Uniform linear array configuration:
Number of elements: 4
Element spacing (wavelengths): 0.75
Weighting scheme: kaiser
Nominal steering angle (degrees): -30
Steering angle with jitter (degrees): -28.775
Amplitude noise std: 0.05
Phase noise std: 0.05

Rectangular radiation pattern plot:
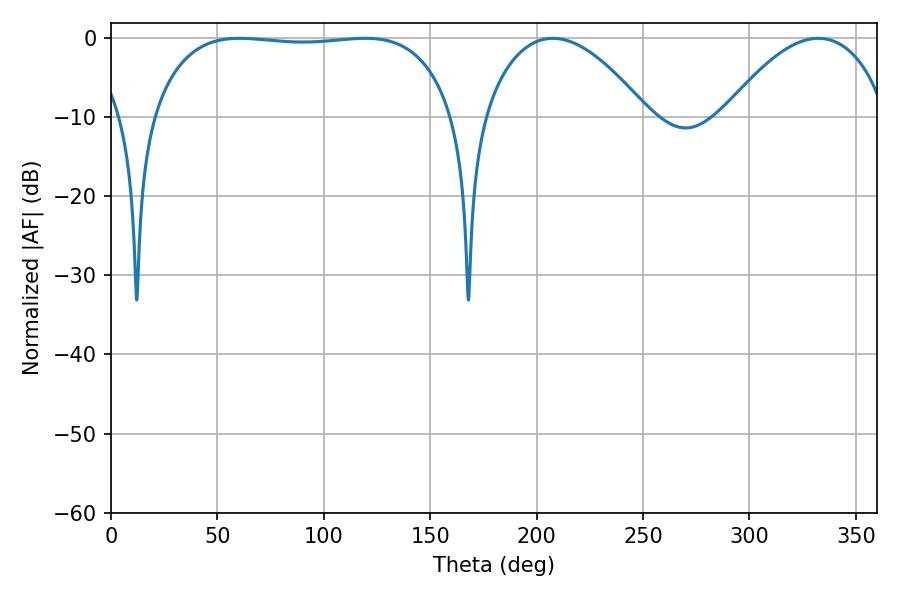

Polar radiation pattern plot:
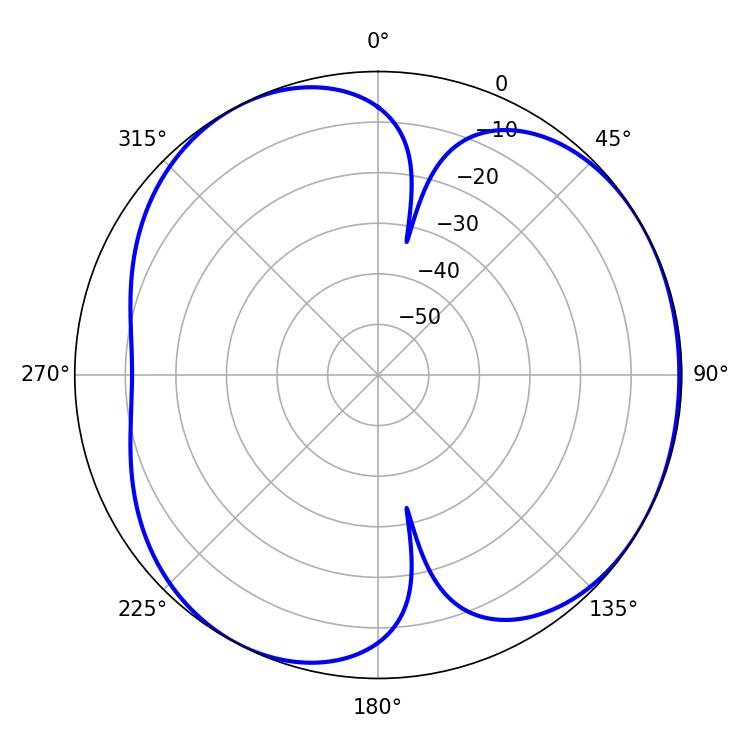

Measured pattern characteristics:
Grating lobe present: TRUE
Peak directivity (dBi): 4.264
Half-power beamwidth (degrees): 112.32
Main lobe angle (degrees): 60.48